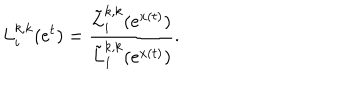
L _ { i } ^ { k , k } ( e ^ { t } ) = \frac { \tilde { L } _ { i } ^ { k , k } ( e ^ { x ( t ) } ) } { \tilde { L } _ { 1 } ^ { k , k } ( e ^ { x ( t ) } ) } .